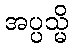
အပ္ပသ္မိ